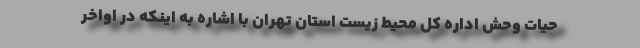
حیات وحش اداره کل محیط زیست استان تهران با اشاره به اینکه در اواخر